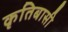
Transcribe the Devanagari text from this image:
कृतिबासी